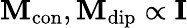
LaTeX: \mathbf{M}_{\mathrm{con}},\mathbf{M}_{\mathrm{dip}}\propto\mathbf{I}